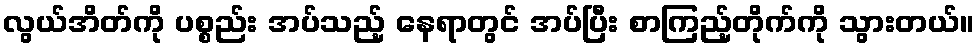
လွယ်အိတ်ကို ပစ္စည်း အပ်သည့် နေရာတွင် အပ်ပြီး စာကြည့်တိုက်ကို သွားတယ်။